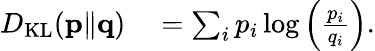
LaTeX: \begin{array}{rl}{D_{\mathrm{KL}}(\mathbf{p}\| \mathbf{q})}&{{}=\sum_{i}p_{i}\log\left(\frac{p_{i}}{q_{i}}\right).}\end{array}